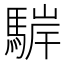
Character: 䮗